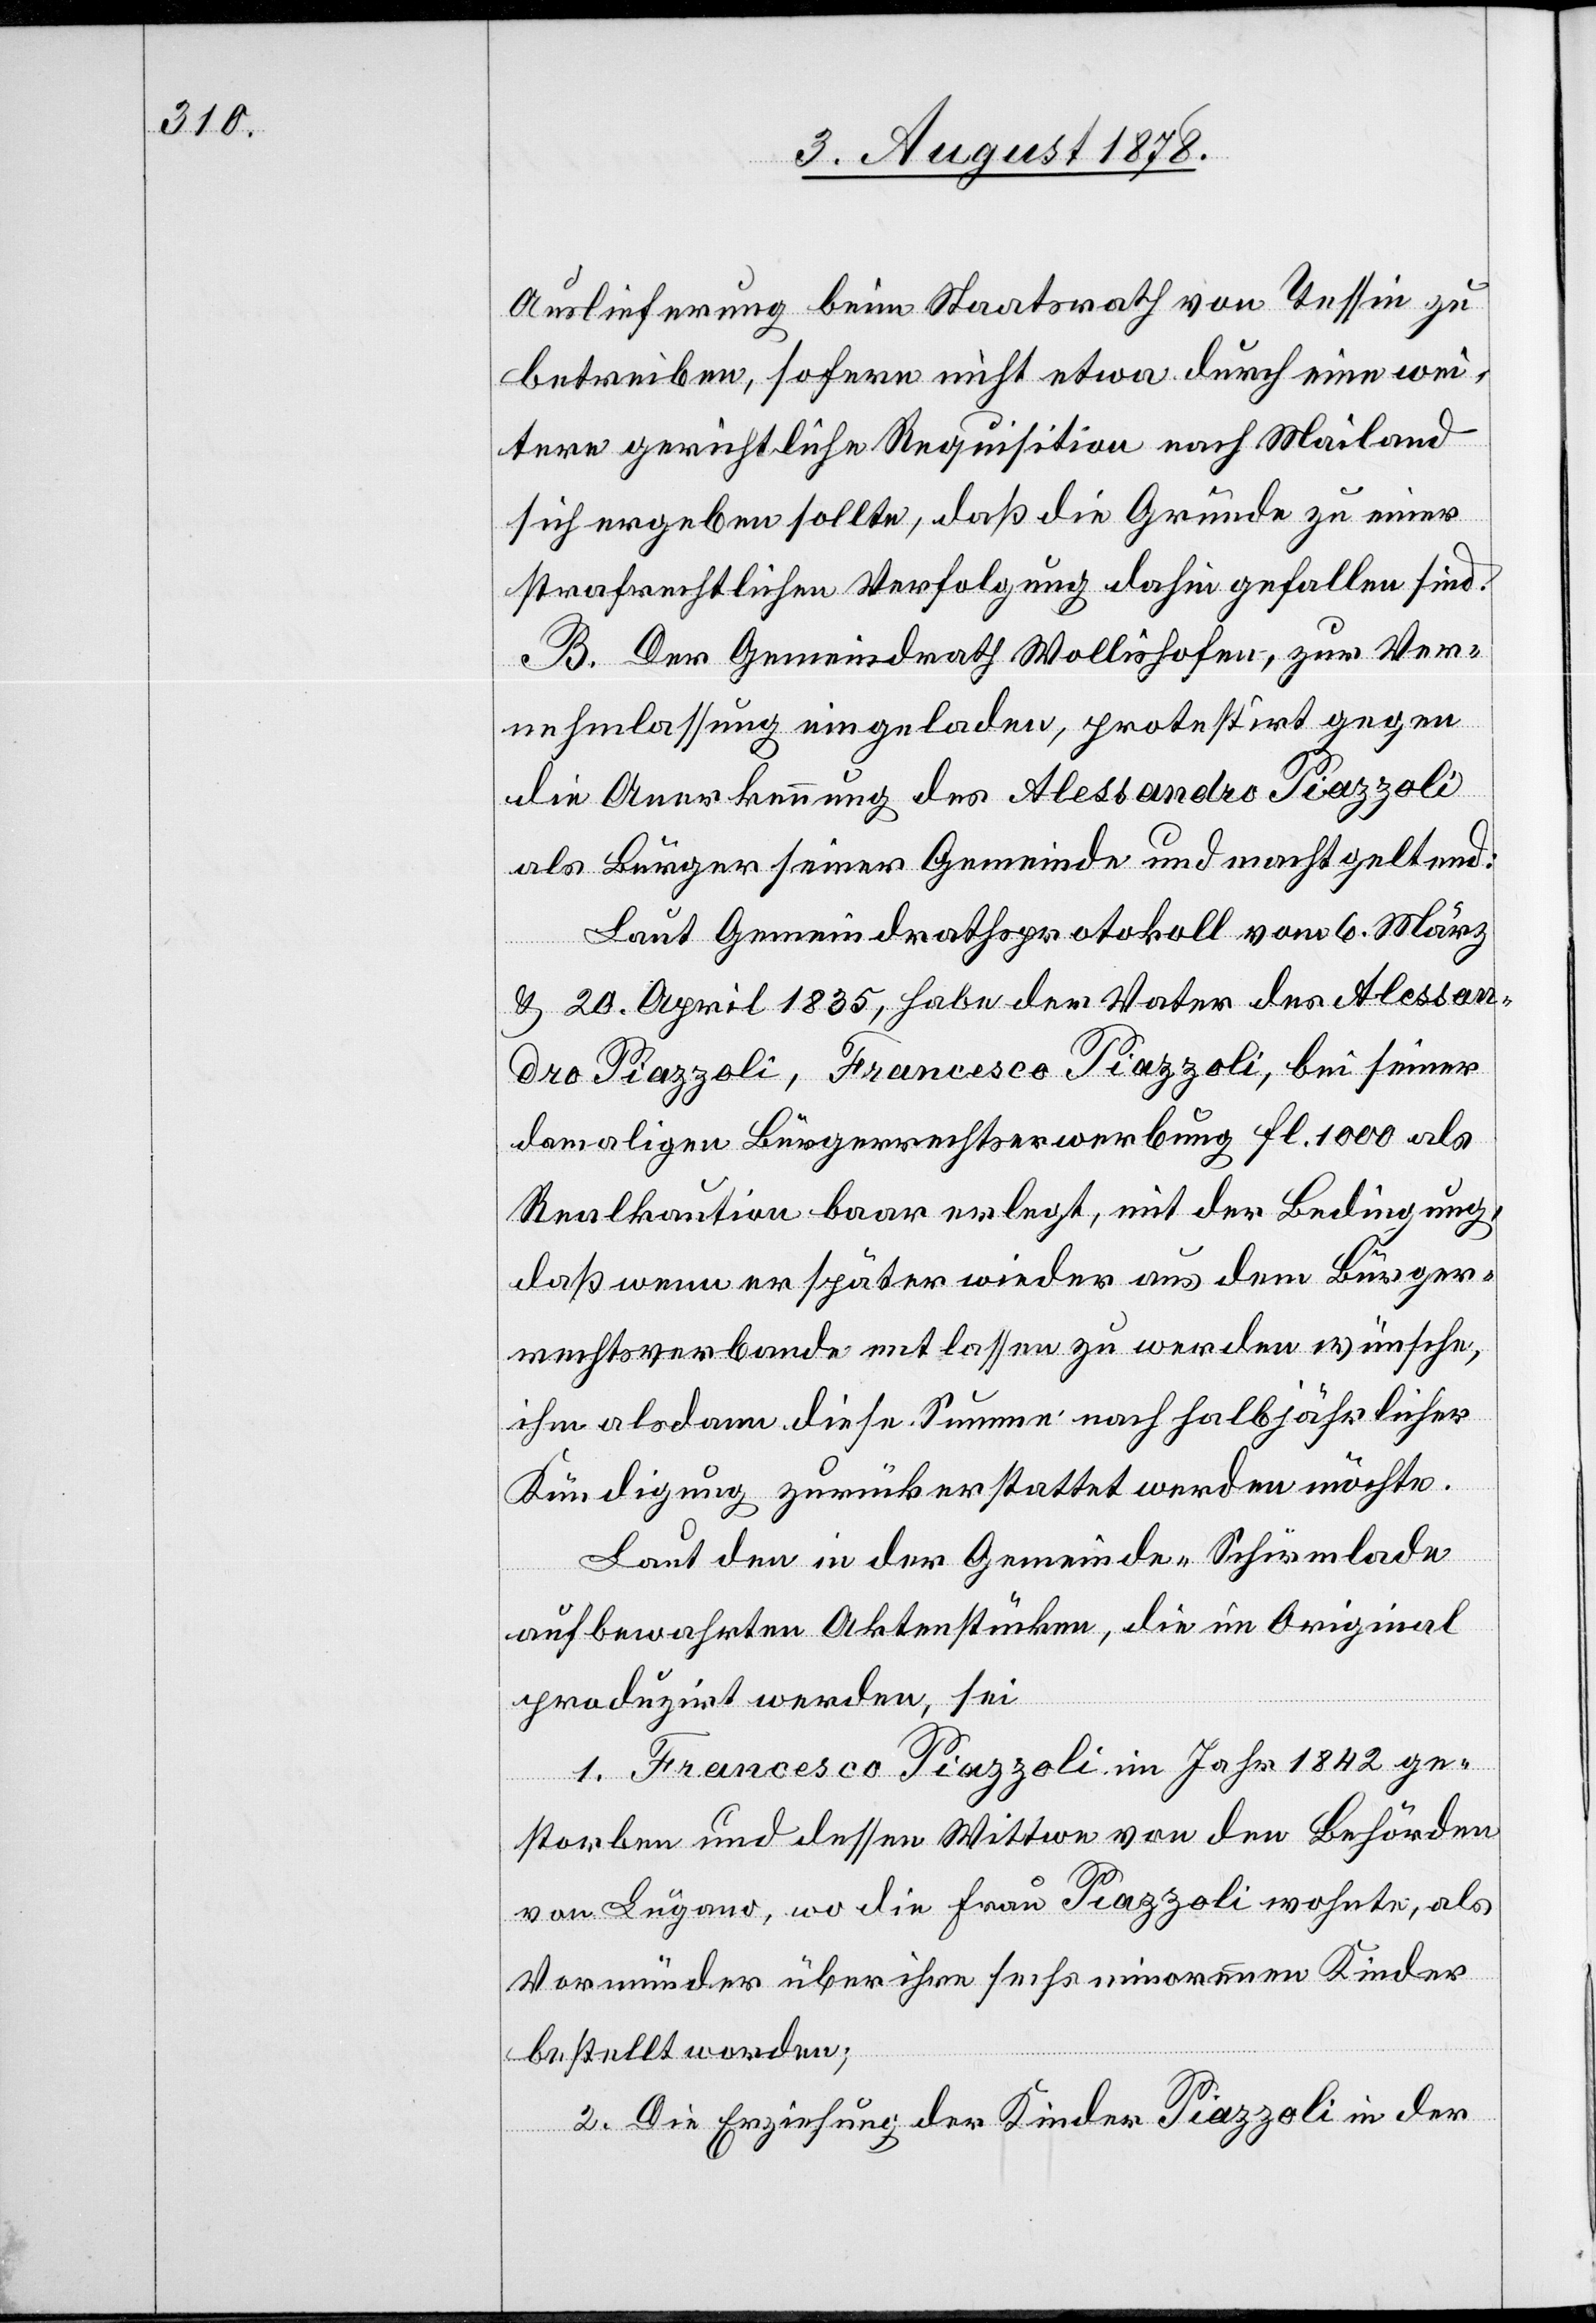
Auslieferung beim Staatsrath von Tessin zu
betreiben, sofern nicht etwa durch eine wei¬
tere gerichtliche Requisition nach Mailand
sich ergeben sollte, daß die Gründe zu einer
strafrechtlichen Verfolgung dahin gefallen sind.
B. Der Gemeindrath Wollishofen, zur Ver¬
nehmlassung eingeladen, protestirt gegen
die Anerkennung des Alessandro Piazzoli
als Bürger seiner Gemeinde und macht geltend:
Laut Gemeindrathsprotokoll vom 6. März
& 20. April 1835, habe der Vater des Alessan¬
dro Piazzoli, Francesco Piazzoli, bei seiner
damaligen Bürgerrechtserwerbung Fl. 1000 als
Realkaution baar erlegt, mit der Bedingung,
daß wenn er später wieder aus dem Bürger¬
rechtsverbande entlassen zu werden wünsche,
ihm alsdann diese Summe nach halbjährlicher
Kündigung zurückerstattet werden möchte.
Laut den in der Gemeinde Schirmlade
aufbewahrten Aktenstücken, die im Original
produzirt werden, sei
1. Franceso Piazzoli im Jahr 1842 ge¬
storben und dessen Wittwe von den Behörden
von Lugano, wo die Frau Piazzoli wohnte, als
Vormünder über ihre sechs minorennen Kinder
bestellt worden;
2. Die Erziehung der Kinder Piazzoli in der